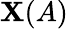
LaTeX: \mathbf{X}(A)